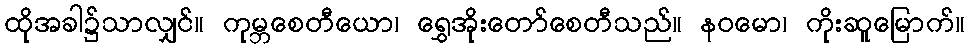
ထိုအခါ၌သာလျှင်။ ကုမ္ဘစေတီယော၊ ရွှေအိုးတော်စေတီသည်။ နဝမော၊ ကိုးဆူမြောက်။